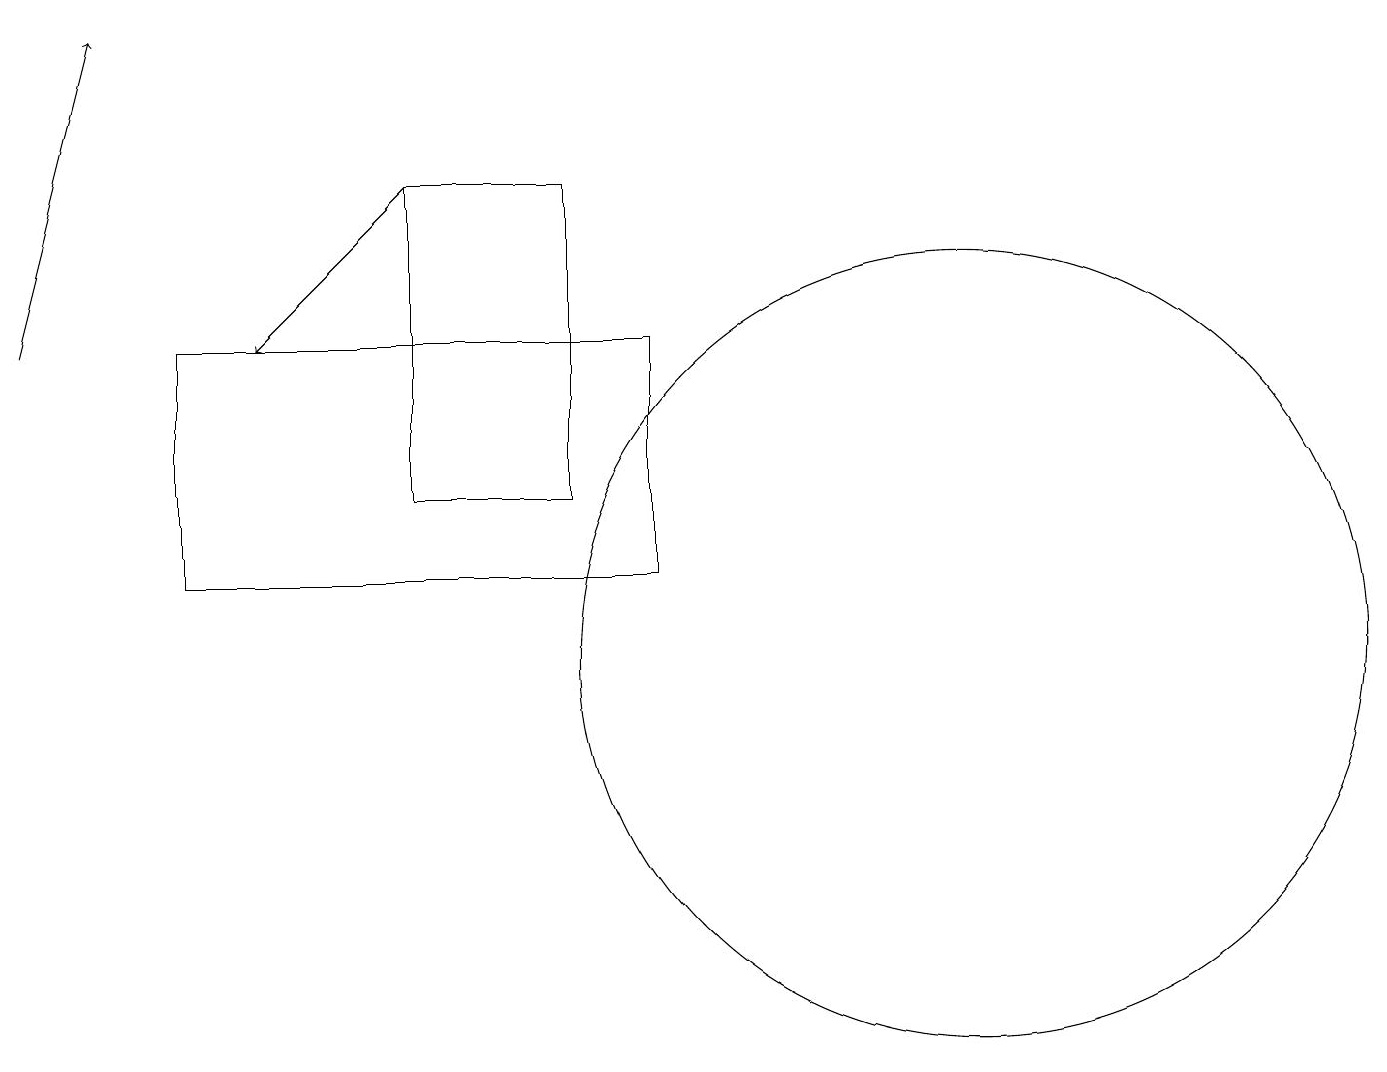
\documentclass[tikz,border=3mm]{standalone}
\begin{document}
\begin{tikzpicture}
\draw[->] (5,17) -- (3,15);
\draw (6,15) rectangle (5,15);
\draw[->] (0,15) -- (1,19);
\draw (5,13) rectangle (7,17);
\draw (12,11) circle (5);
\draw (2,15) rectangle (8,12);
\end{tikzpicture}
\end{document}